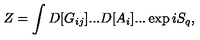
Z = \int D [ G _ { i j } ] . . . D [ A _ { i } ] . . . \exp i S _ { q } ,